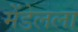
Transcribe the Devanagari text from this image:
मेंडेलला